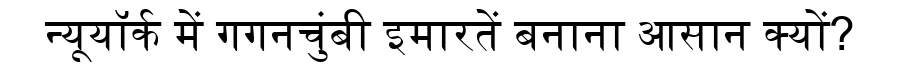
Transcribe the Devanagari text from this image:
न्यूयॉर्क में गगनचुंबी इमारतें बनाना आसान क्यों?